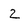
Character: 2